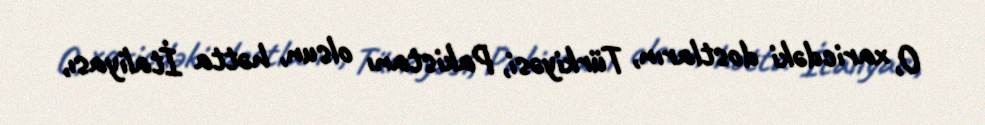
O, xaricdəki dostların, Türkiyəsi, Pakistanı olsun, hətta İtaliyası,